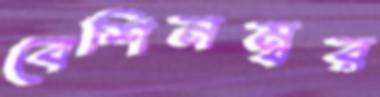
বেশিনম্বর